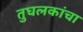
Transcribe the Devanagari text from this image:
तुघलकांचा